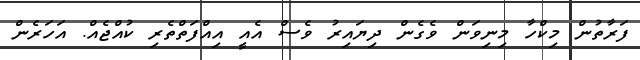
ފަރާތުން މިކްހާ މިނިވަން ވެގެން ދިޔައިރު ވެސް އެއީ އިއްފަތްތެރި ކުއްޖެއް. އަހަރެން